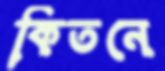
কিতনে